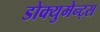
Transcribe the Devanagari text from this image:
डोक्युमेन्ट्स